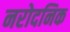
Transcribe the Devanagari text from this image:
नरोदनिक